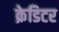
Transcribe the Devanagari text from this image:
क्रेडिटर